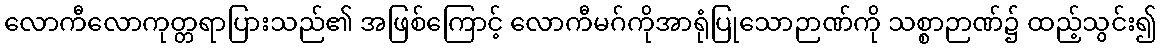
လောကီလောကုတ္တရာပြားသည်၏ အဖြစ်ကြောင့် လောကီမဂ်ကိုအာရုံပြုသောဉာဏ်ကို သစ္စာဉာဏ်၌ ထည့်သွင်း၍